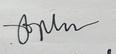
Signature authenticity: genuine